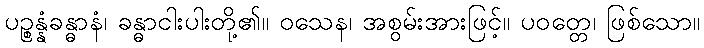
ပဉ္စန္နံခန္ဓာနံ၊ ခန္ဓာငါးပါးတို့၏။ ဝသေန၊ အစွမ်းအားဖြင့်။ ပဝတ္တေ၊ ဖြစ်သော။